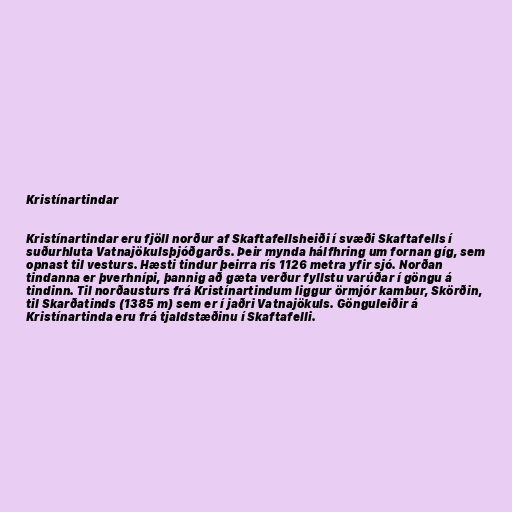
Kristínartindar

Kristínartindar eru fjöll norður af Skaftafellsheiði í svæði Skaftafells í
suðurhluta Vatnajökulsþjóðgarðs. Þeir mynda hálfhring um fornan gíg, sem
opnast til vesturs. Hæsti tindur þeirra rís 1126 metra yfir sjó. Norðan
tindanna er þverhnípi, þannig að gæta verður fyllstu varúðar í göngu á
tindinn. Til norðausturs frá Kristínartindum liggur örmjór kambur, Skörðin,
til Skarðatinds (1385 m) sem er í jaðri Vatnajökuls. Gönguleiðir á
Kristínartinda eru frá tjaldstæðinu í Skaftafelli.